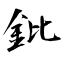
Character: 鈚